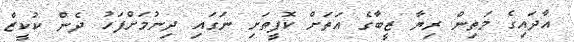
އާދައިގެ މަތިން ރިޔާ ޒީބާގެ އަތަށް ކޮފީތަށި ނަގައި ދިނުމަށްފަހު ދެން ކުކީޒް